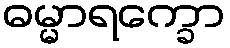
ဓမ္မာရက္ခော